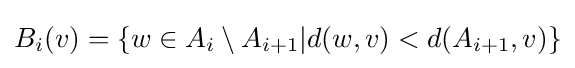
B_{i}(v)=\{w\in A_{i}\setminus A_{i+1}|d(w,v)<d(A_{i+1},v)\}